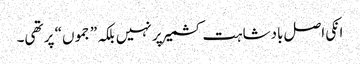
انکی اصل بادشاہت کشمیر پر نہیں بلکہ ”جموں“ پر تھی۔